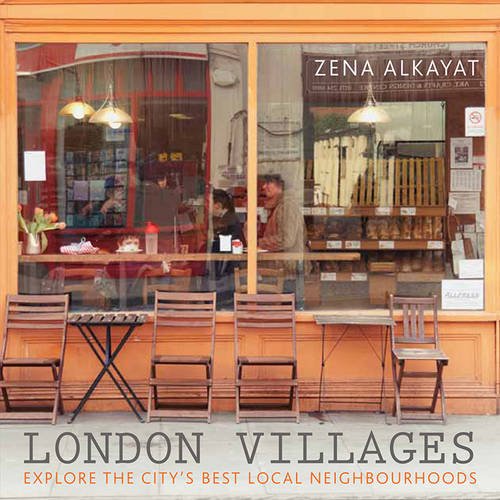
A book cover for London Villages: Explore the City's Best Local Neighbourhoods; Zena Alkayat; Travel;